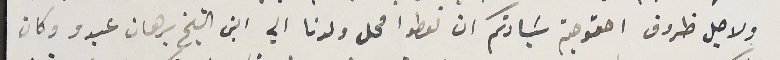
ولاجل ظروف احتوجتم سَيادتكم ان تعطوا محل ولدنا الي ابن الشيخ برهان عبدو وكان